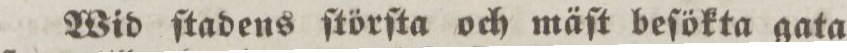
Wid ſtadens ſtörſta och mäſt beſökta gata